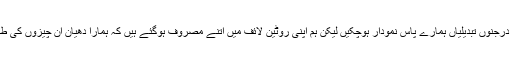
اسی طرح کی درجنوں تبدیلیاں ہمارے پاس نمودار ہوچکیں لیکن ہم اپنی روٹین لائف میں اتنے مصروف ہوگئے ہیں کہ ہمارا دھیان ان چیزوں کی طرف نہیں جاتا۔